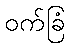
ဝက်ခြံ